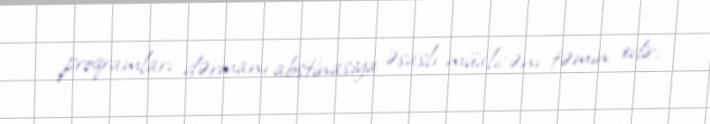
proqramları dərmanı abstinasiya əsaslı müalicəni təmin edir.